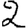
Digit: 2